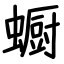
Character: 蟵